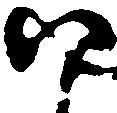
尉